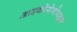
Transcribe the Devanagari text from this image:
आइकोसेनोयड्स